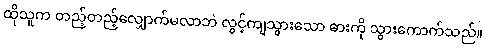
ထိုသူက တည့်တည့်လျှောက်မလာဘဲ လွင့်ကျသွားသော ဓားကို သွားကောက်သည်။